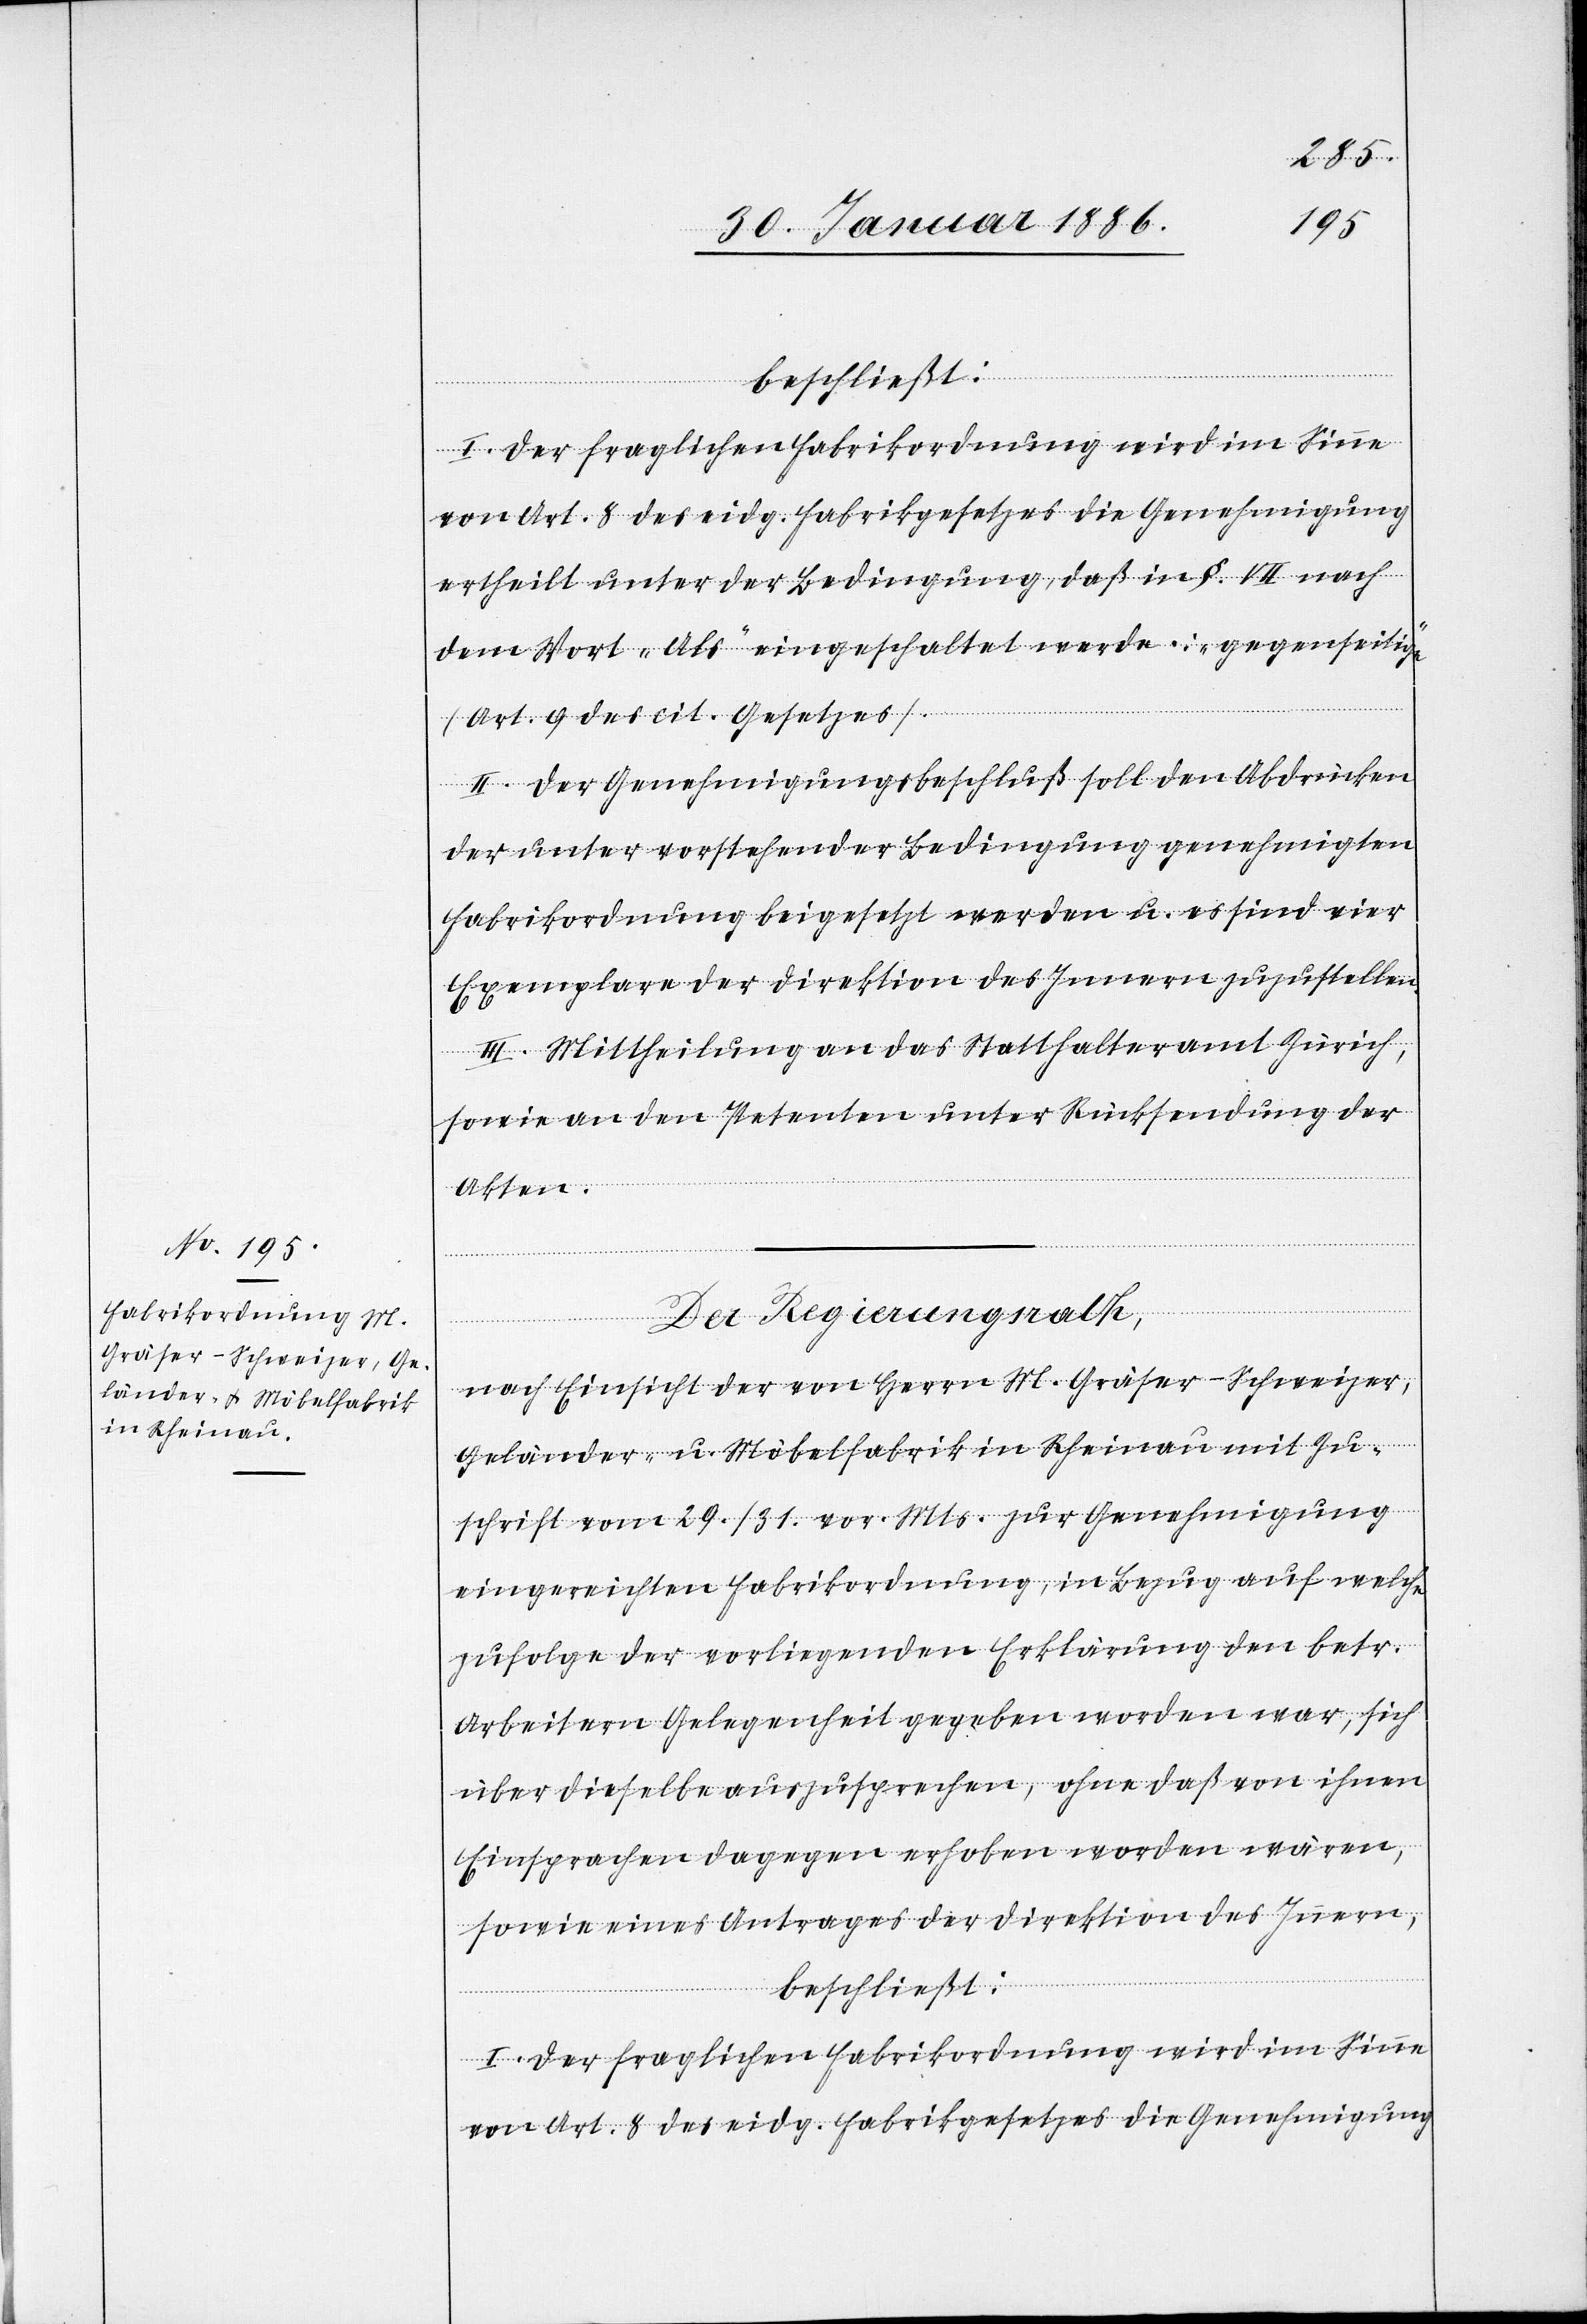
beschließt:
I. Der fraglichen Fabrikordnung wird im Sinne
von Art. 8 des eidg. Fabrikgesetzes die Genehmigung
ertheilt unter der Bedingung, daß in §, VII nach
dem Wort „Als“ eingeschaltet werde: „gegenseitige“
(Art. 9 des cit. Gesetzes).
II. Der Genehmigungsbeschluß soll den Abdrücken
der unter vorstehender Bedingung genehmigten
Fabrikordnung beigesetzt werden u. es sind vier
Exemplare der Direktion des Innern zuzustellen.
III. Mittheilung an das Statthalteramt Zürich,
sowie an den Petenten unter Rücksendung der
Akten.
Der Regierungsrath,
nach Einsicht der von Herrn M. Gräfer-Schweizer,
Geländer- u. Möbelfabrik in Rheinau mit Zu¬
schrift vom 29./31. vor. Mts. zur Genehmigung
eingereichten Fabrikordnung, in Bezug auf welche
zufolge der vorliegenden Erklärung den betr.
Arbeitern Gelegenheit gegeben worden war, sich
über dieselbe auszusprechen, ohne daß von Ihnen
Einsprachen dagegen erhoben worden wären,
sowie eines Antrages der Direktion des Innern,
beschließt: